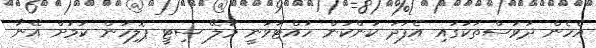
އެހެން ދުވަސްތަކުގައި އެފަދަ ކަންކަން ހުއްޓުވަނީ މާލޭ ސިޓީ ޕޮލިހުން ކަމަށް އޭނާ